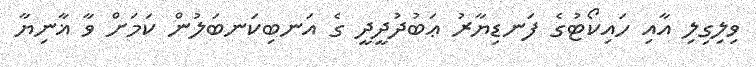
ވިލިގިލި އާއި ހައިކޯޓުގެ ފަނޑިޔާރު ޢަބުދުދީދީ ގެ އަނބިކަނބަލުން ކަމަށް ވާ ޣާނިޔާ